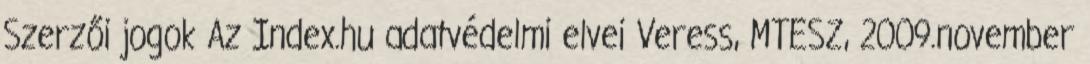
Szerzői jogok Az Index.hu adatvédelmi elvei Veress, MTESZ, 2009.november